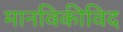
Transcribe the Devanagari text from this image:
मानविकीविद